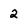
Character: 2